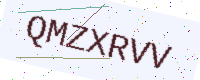
Text: QMZXRVV